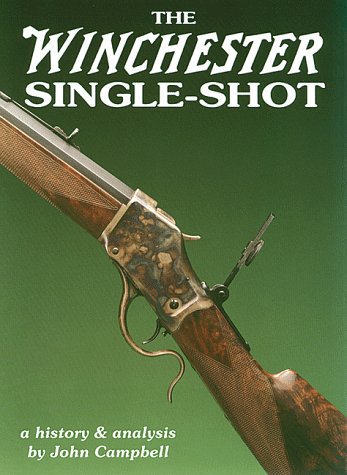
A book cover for The Winchester Single-Shot, Vol. 1; John Campbell; Crafts, Hobbies & Home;